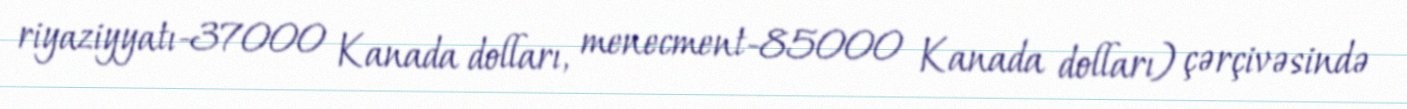
riyaziyyatı-37000 Kanada dolları, menecment-85000 Kanada dolları) çərçivəsində